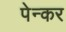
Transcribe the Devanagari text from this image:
पेन्कर